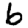
Digit: 6